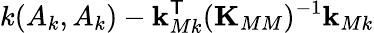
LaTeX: {k(A_{k},A_{k})}-\mathbf{k}_{Mk}^{\sf T}(\mathbf{K}_{MM})^{-1}\mathbf{k}_{Mk}